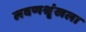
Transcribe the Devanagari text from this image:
लवणश्रृंखला